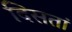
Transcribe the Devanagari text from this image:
दिसतां